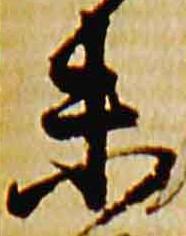
未